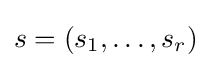
s=(s_{1},\dots ,s_{r})